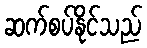
ဆက်စပ်နိုင်သည်